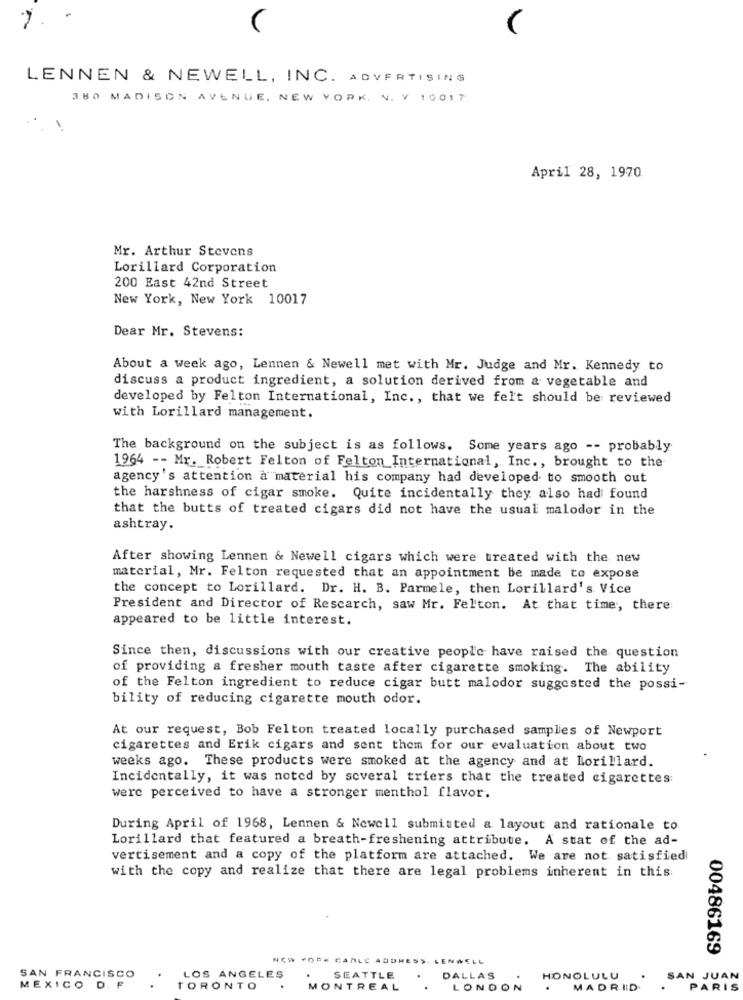
7.
LENNEN & NEWELL, INC. ADVERTISING
380 MADISON AVENUE. NEW YORK. N. Y 10017
April 28, 1970
Mr. Arthur Stevens
Lorillard Corporation
200 East 42nd Street
New York, New York 10017
Dear Mr. Stevens:
About a week ago, Lennen & Newell met with Mr. Judge and Mr. Kennedy to
discuss a product ingredient, a solution derived from a vegetable and
developed by Felton International, Inc ., that we felt should be reviewed
with Lorillard management.
The background on the subject is as follows. Some years ago -- probably
1964 -- Mr. Robert Felton of Felton International, Inc ., brought to the
agency's attention à material his company had developed to smooth out
the harshness of cigar smoke. Quite incidentally they also had found
that the butts of treated cigars did not have the usual malodor in the
ashtray.
After showing Lennen & Newell cigars which were treated with the new
material, Mr. Felton requested that an appointment be made to expose
the concept to Lorillard. Dr. H. B. Parmele, then Lorillard's Vice
President and Director of Rescarch, saw Mr. Felton. At that time, there
appeared to be little interest.
Since then, discussions with our creative people have raised the question
of providing & fresher mouth taste after cigarette smoking. The ability
of the Felton ingredient to reduce cigar butt malodor suggested the possi-
bility of reducing cigarette mouth odor.
At our request, Bob Felton treated locally purchased samples of Newport
cigarettes and Erik cigars and sent them for our evaluation about two
weeks ago. These products were smoked at the agency and at Lorillard.
Incidentally, it was noted by several triers that the treated cigarettes:
were perceived to have a stronger menthol flavor.
During April of 1968, Lennen & Newell submitted a layout and rationale to
Lorillard that featured a breath-freshening attribute. A stat of the ad-
vertisement and a copy of the platform are attached. We are not satisfiedi
with the copy and realize that there are legal problems inherent in this
00486169
NEW YORK CABLE ADDRESS. LENWELL
SAN FRANCISCO
LOS ANGELES
SEATTLE
.
DALLAS
HONOLULU
SAN JUAN
MEXICO D. F
TORONTO
.
MONTREAL
LONDON
.
MADRID
PARIS